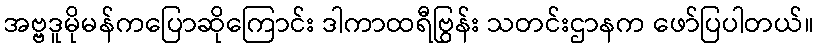
အဗ္ဗဒူမိုမန်ကပြောဆိုကြောင်း ဒါကာထရီဗြွန်း သတင်းဌာနက ဖော်ပြပါတယ်။